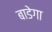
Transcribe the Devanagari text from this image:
बाडेगा